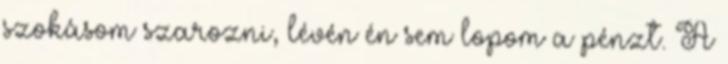
szokásom szarozni, lévén én sem lopom a pénzt. A